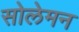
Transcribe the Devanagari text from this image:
सोलेमन